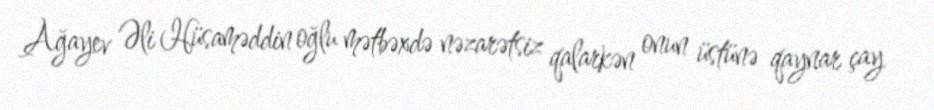
Ağayev Əli Hüsaməddin oğlu mətbəxdə nəzarətsiz qalarkən onun üstünə qaynar çay